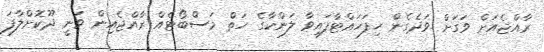
ރާއްޖެއަށް ވަގަށް ވަދެގެން ހިފަހައްޓާފައިވާ ލަންކާގެ ހަތް މަސްބޯޓެއް ރާއްޖެއިން ވަނީ ދޫކޮށްލާފަ